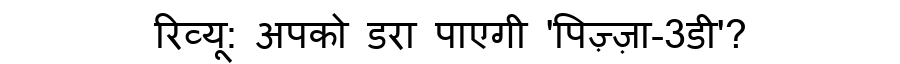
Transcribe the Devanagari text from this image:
रिव्यू: अपको डरा पाएगी 'पिज़्ज़ा-3डी'?